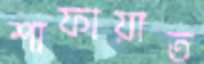
শাফায়াত